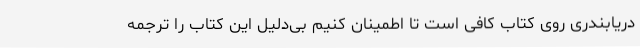
دریابندری روی کتاب کافی است تا اطمینان کنیم بی‌دلیل این کتاب را ترجمه